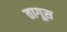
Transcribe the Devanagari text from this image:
तागूस